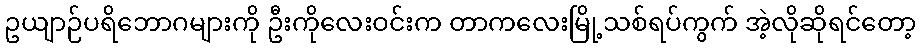
ဥယျာဉ်ပရိဘောဂများကို ဦးကိုလေးဝင်းက တာကလေးမြို့သစ်ရပ်ကွက် အဲ့လိုဆိုရင်တော့